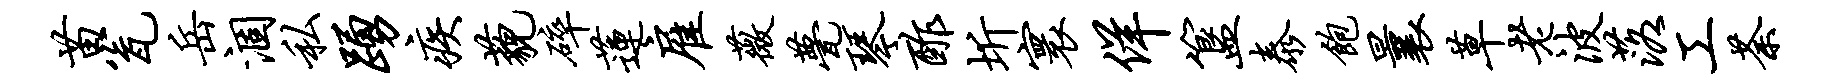
苗瓮岳涸私踊疾藐碎莲雇薇甍琴酢圻寰佯簋泰饱曩草老波落工荼